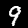
Digit: 9